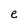
Character: e